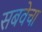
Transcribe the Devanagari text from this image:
सबवेचा